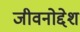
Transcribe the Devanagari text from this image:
जीवनोद्देश